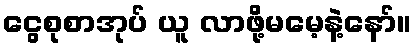
ငွေစုစာအုပ် ယူ လာဖို့မမေ့နဲ့နော်။